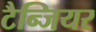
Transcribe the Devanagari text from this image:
टैन्जियर